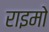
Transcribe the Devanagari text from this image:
राइमो